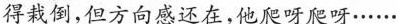
得栽倒，但方向感还在，他爬呀爬呀······